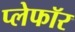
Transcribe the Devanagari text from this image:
प्लेफॉर